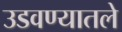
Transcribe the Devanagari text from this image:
उडवण्यातले